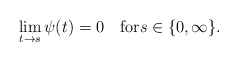
\begin{align*}\lim_{t\to s}\psi(t)=0\quad\mbox{for}s\in\{0,\infty\}.\end{align*}